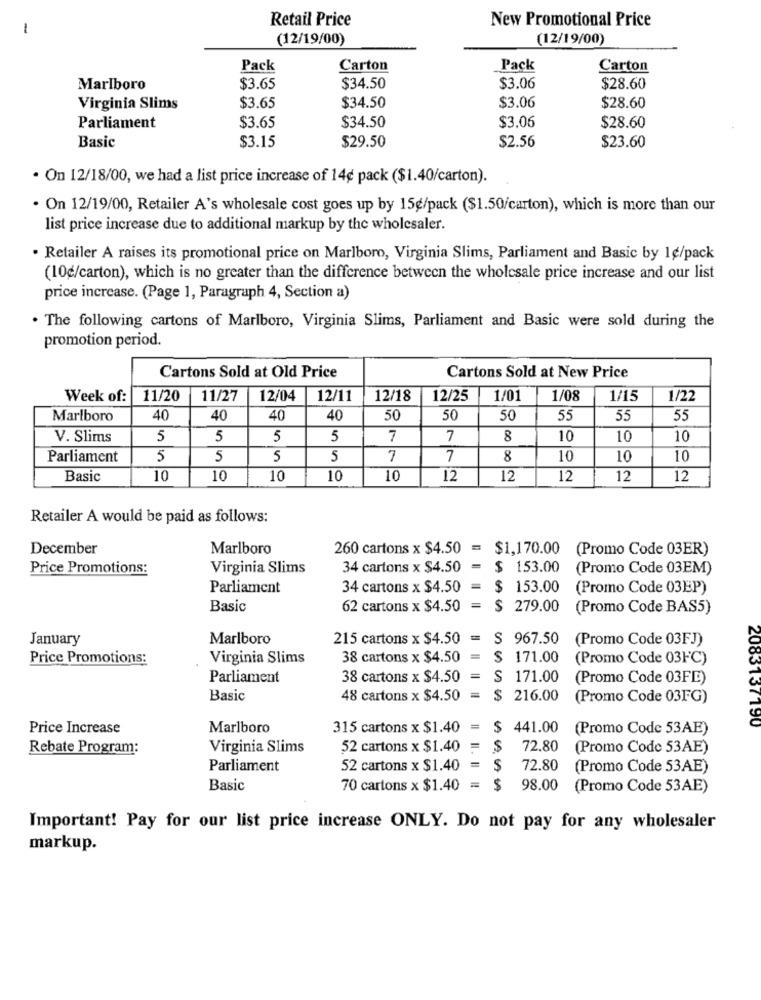
Retail Price
New Promotional Price
1
(12/19/00)
(12/19/00)
Pack
Carton
Pack
Carton
Marlboro
$3.65
$34.50
$3.06
$28.60
$34.50
$3.06
Virginia Slims
$3.65
$28.60
$34.50
$3.06
Parliament
$3.65
$28.60
Basic
$29.50
$2.56
$3.15
$23.60
· On 12/18/00, we had a list price increase of 14¢ pack ($1.40/carton).
. On 12/19/00, Retailer A's wholesale cost goes up by 15g/pack ($1.50/carton), which is more than our
list price increase due to additional markup by the wholesaler.
· Retailer A raises its promotional price on Marlboro, Virginia Slims, Parliament and Basic by 1¢/pack
(10g/carton), which is no greater than the difference between the wholesale price increase and our list
price increase. (Page 1, Paragraph 4, Section a)
. The following cartons of Marlboro, Virginia Slims, Parliament and Basic were sold during the
promotion period.
Cartons Sold at Old Price
Cartons Sold at New Price
Week of:
11/20
11/27
12/04
12/11
12/18
12/25
1/01
1/08
1/15
1/22
Marlboro
40
40
40
40
50
50
50
55
55
55
V. Slims
5
5
5
5
7
7
8
10
10
10
Parliament
5
5
5
5
7
7
8
10
10
10
Basic
10
10
10
10
10
12
12
12
12
12
Retailer A would be paid as follows:
December
Marlboro
260 cartons x $4.50 = $1,170.00
(Promo Code 03ER)
Price Promotions:
Virginia Slims
34 cartons x $4.50
= $ 153.00
(Promo Code 03EM)
Parliament
34 cartons x $4.50 =
$ 153.00
(Promo Code 03EP)
Basic
62 cartons x $4.50
=
$ 279.00
(Promo Code BAS5)
January
Marlboro
215 cartons x $4.50 = $ 967.50
(Promo Code 03FJ)
Price Promotions:
Virginia Slims
38 cartons x $4.50
$ 171.00
(Promo Code 03FC)
Parliament
38 cartons x $4.50
S 171.00
(Promo Code 03FE)
Basic
48 cartons x $4.50 =
$ 216.00
(Promo Code 03FG)
Price Increase
Marlboro
315 cartons x $1.40
=
$ 441.00
(Promo Code 53AE)
2083137190
Rebate Program:
Virginia Slims
52 cartons x $1.40
=
$
72.80
(Promo Code 53AE)
Parliament
52 cartons x $1.40
=
$
72.80
(Promo Code 53AE)
Basic
70 cartons x $1.40
=
$
98.00
(Promo Code 53AE)
Important! Pay for our list price increase ONLY. Do not pay for any wholesaler
markup.